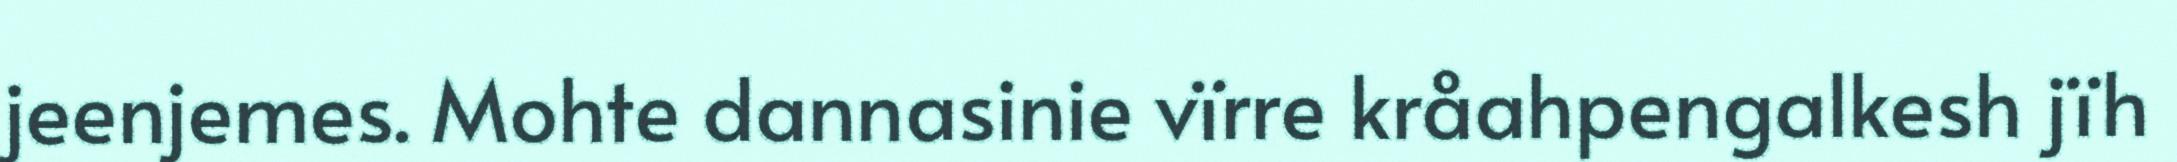
jeenjemes. Mohte dannasinie vïrre kråahpengalkesh jïh